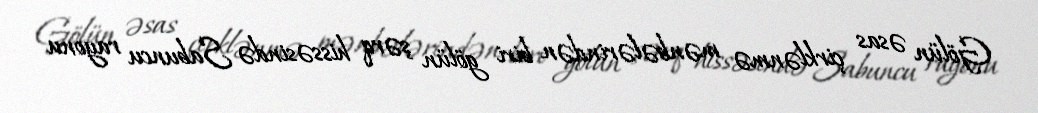
Gölün əsas çirklənmə mənbələrindən biri gölün şərq hissəsində Sabuncu rayonu